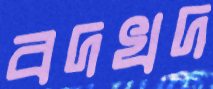
বদখদ